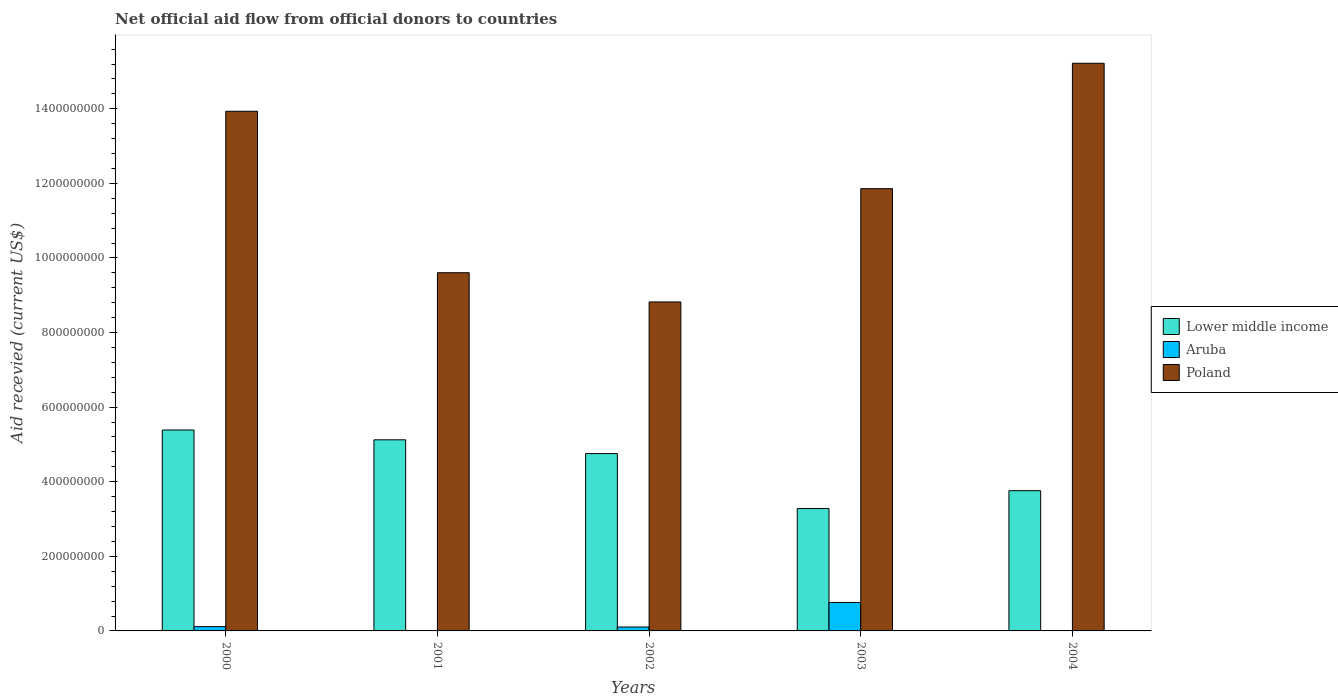
| Years | Lower middle income | Aruba | Poland |
 | --- | --- | --- | --- |
 | 2000 | 5.39e+08 | 1.15e+07 | 1.39e+09 |
 | 2001 | 5.12e+08 | -1.7e+06 | 9.6e+08 |
 | 2002 | 4.76e+08 | 1.05e+07 | 8.82e+08 |
 | 2003 | 3.28e+08 | 7.62e+07 | 1.19e+09 |
 | 2004 | 3.76e+08 | -1.13e+07 | 1.52e+09 |